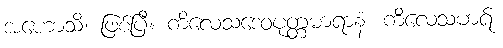
အဟောသိ၊ ဖြစ်ပြီ။ ကိလေသဒေဝပုတ္တမာရာနံ၊ ကိလေသမာရ်